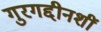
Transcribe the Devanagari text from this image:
गुरगद्दीनशीं